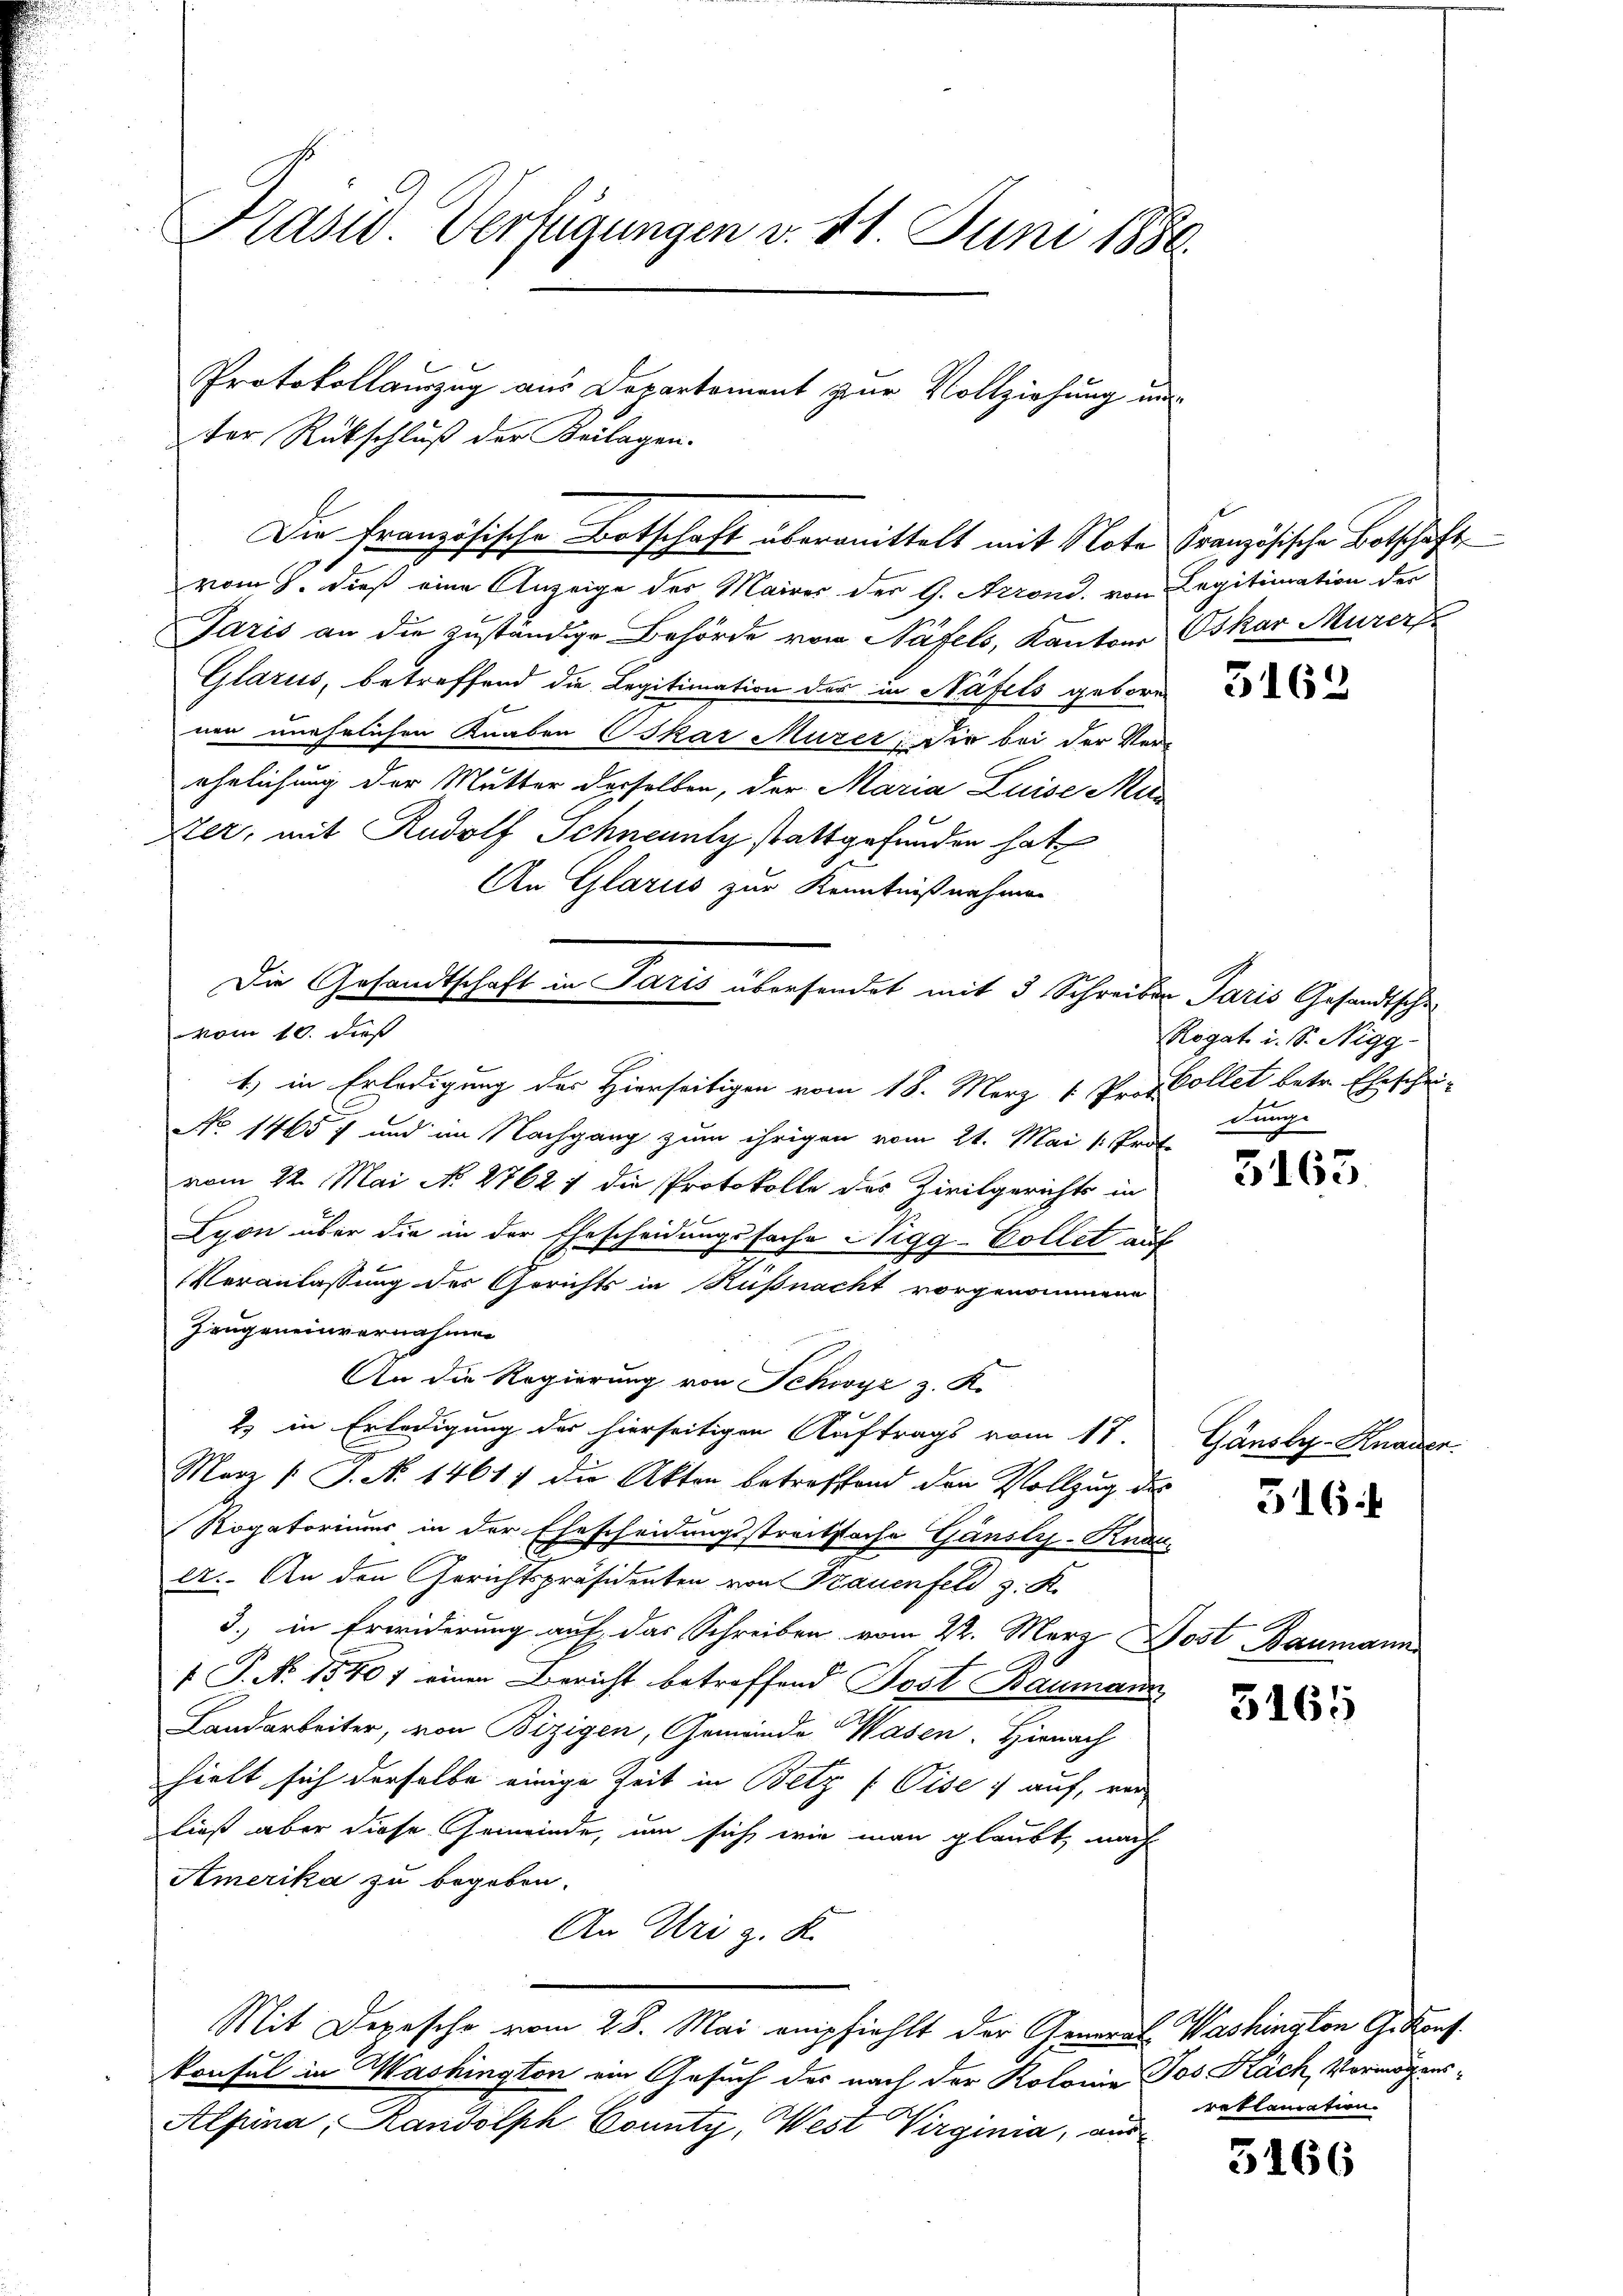
Präsid. Verfügungen v. 11. Juni 1880.

ter Rückschluß der Beilagen.
vom 9. dieß eine Anzeige des Maires der G. Arrond, von Legitimation der
Paris an die zuständige Behörde von Näfels, Kantons Oskar Murer
Glarus, betreffend die Legitimation der in Näfels gebore
e
nen unehelichen Knaben Oskar Murer Dir bei der Ver-
ehelichung der Mutter derselben, der Maria Luise Mi¬
Xter, mit Rudolf Schneunty stattgefunden hat
An Glarus zur Kenntnißnahmen
Die Gesandtschaft in Paris übersendet mit 3 Schreiben Paris Gesandtsche
1) in Erledigung des Hierseitigen vom 18. März 1. Prof Collet betr. Eheschei¬
No 14657 und im Nachgang zum ihrigen vom 21. Mai 1: Proto
vom 22. Mai No 2762; die Protokolle des Zivilgerichts in
Lyon über die in der Ehescheidungssache Nigg-Collet auf
Veranlassung der Gerichts in Rußnacht vorgenommene
Zeugeneinvernahmen
An die Regierung von Schwyz z. K.
2) in Erledigung des hierseitigen Auftrags vom 17.
Merz /: J. No 14617 die Akten betreffend den Vollzug des
Rogatorimus in der Ehescheidungsstreitsache Gänsly-Knd
er. An den Gerichtspräsidenten von Frauenfeld z. K.
3.) in Erwiderung auf das Schreiben vom 22. März Jost, Baumann
 P. Nr. 1540 f einen Bericht betreffend Post Baumann
Landarbeiter, von Bizigen, Gemeinde Wasen. Hienach
hielt sich derselbe einige Zeit in Betz (Vise; auf, ver
ließ aber diese Gemeinde, um sich wie man glaubt, mach
Amerika zu begeben.
An Uri z. K.
Mit Depesche vom 28. Mai empfiehlt der General Washington G. Konf
konsul in Washington ein Gesuch des nach der Kolonia Jos Käch, Vermögens¬
Alpina, Randolph County, West Virginia, aus

vom 10. dieß

Protokollauszug aus Departement zur Vollziehung und
Die französische Botschaft übermittelt mit Note Französische Botschaft

3162

Rogat i. S. Nigg
Junge

E

2

5163.

Gänsby-Knauen.

516.

3165

reklamation.

5166